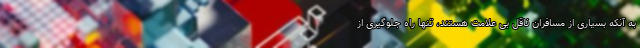
به آنکه بسیاری از مسافران ناقل بی علامت هستند، تنها راه جلوگیری از